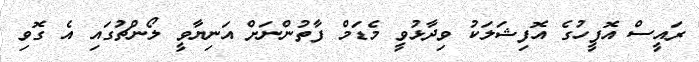
ރައީސް އޮފީހުގެ އޮފިޝަލަކު ވިދާޅުވީ މެޑަމް ފާތުންނަށް އަނިޔާވީ ލޯންޗުގައި އެ ގޮވި